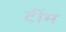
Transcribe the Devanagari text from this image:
टींम